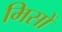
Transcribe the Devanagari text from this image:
मिसों